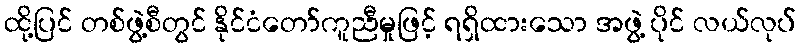
ထို့ပြင် တစ်ဖွဲ့စီတွင် နိုင်ငံတော်ကူညီမှုဖြင့် ရရှိထားသော အဖွဲ့ ပိုင် လယ်လုပ်